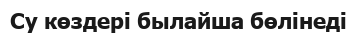
Су көздері былайша бөлінеді